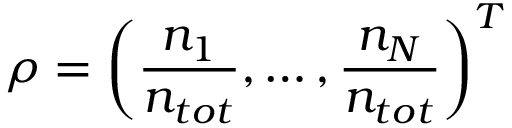
\boldsymbol { \rho } = \left( \frac { n _ { 1 } } { n _ { t o t } } , \ldots , \frac { n _ { N } } { n _ { t o t } } \right) ^ { T }